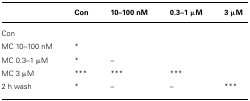
<table><thead><tr><td></td><td><b>Con</b></td><td><b>10–100 nM</b></td><td><b>0.3–1 μM</b></td><td><b>3 μM</b></td></tr></thead><tbody><tr><td>Con</td><td></td><td></td><td></td><td></td></tr><tr><td>MC 10–100 nM</td><td>*</td><td></td><td></td><td></td></tr><tr><td>MC 0.3–1 μM</td><td>*</td><td>–</td><td></td><td></td></tr><tr><td>MC 3 μM</td><td>***</td><td>***</td><td>***</td><td></td></tr><tr><td>2 h wash</td><td>*</td><td>–</td><td>–</td><td>***</td></tr></tbody></table>